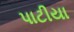
પાટીયા